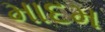
માદમ